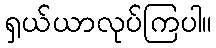
ရှယ်ယာလုပ်ကြပါ။